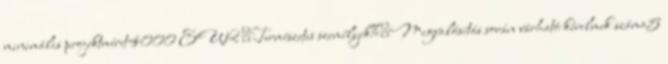
minimális projektméret4000 EUR ▪Természetes személyek%▪Megvalósítás során várható kérelmek száma5